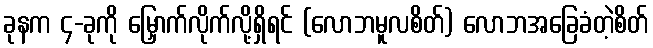
ခုနက ၄-ခုကို မြှောက်လိုက်လို့ရှိရင် (လောဘမူလစိတ်) လောဘအခြေခံတဲ့စိတ်